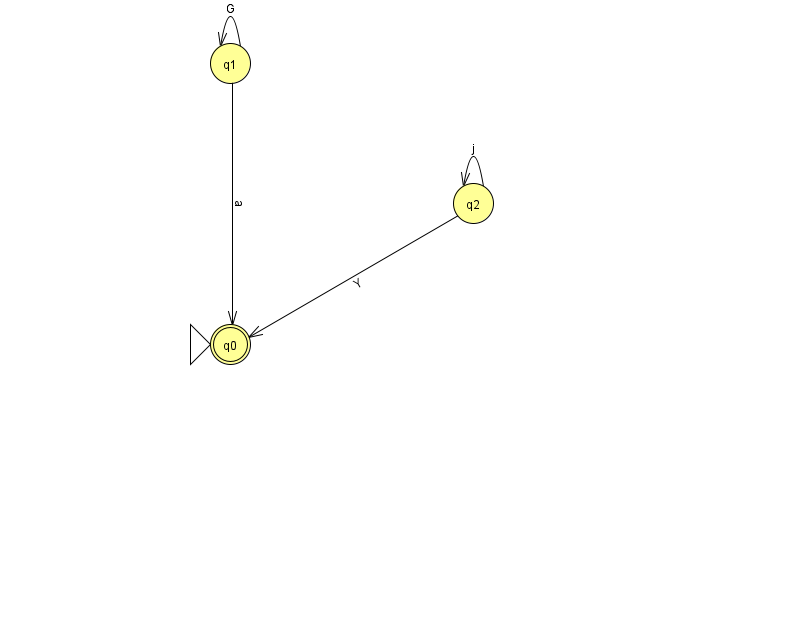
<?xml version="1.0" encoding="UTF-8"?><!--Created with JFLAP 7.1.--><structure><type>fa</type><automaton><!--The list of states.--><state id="0" name="q0"><x>230.0</x><y>331.0</y><initial/><final/></state><state id="1" name="q1"><x>230.0</x><y>50.0</y></state><state id="2" name="q2"><x>473.0</x><y>190.0</y></state><!--The list of transitions.--><transition><from>1</from><to>0</to><read>a</read></transition><transition><from>2</from><to>0</to><read>Y</read></transition><transition><from>1</from><to>1</to><read>G</read></transition><transition><from>2</from><to>2</to><read>j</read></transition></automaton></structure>